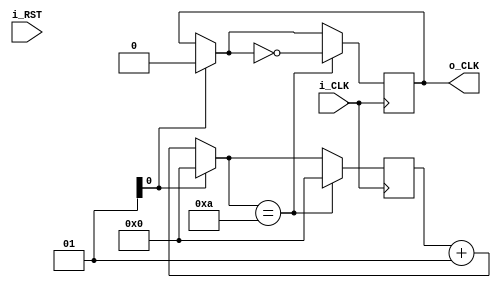
module time_divider (
    input i_CLK,
    input i_RST,
    output reg o_CLK
);
    parameter ratio=20;
    integer c=0;
    integer target=ratio/2;
    always @(posedge i_CLK) begin
        if(RST==1) begin
            c=0;
            o_CLK=0;
        end
        else begin
            c=c+1;
        end
        if(c==target) begin
            o_CLK=~o_CLK;
            c=0;
        end
    end
endmodule